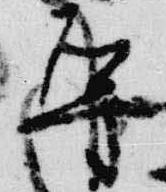
導